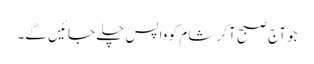
جو آج صبح آ کر شام کو واپس چلے جائیں گے۔